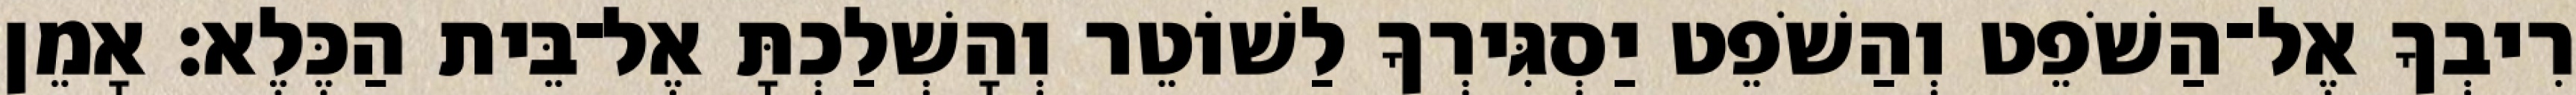
רִיבְךָ אֶל־הַשֹׁפֵט וְהַשֹׁפֵט יַסְגִּירְךָ לַשׁוֹטֵר וְהָשְׁלַכְתָּ אֶל־בֵּית הַכֶּלֶא׃ אָמֵן